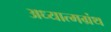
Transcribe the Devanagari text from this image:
अध्यात्मग्रंथ